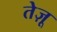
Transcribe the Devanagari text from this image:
तेज़ू